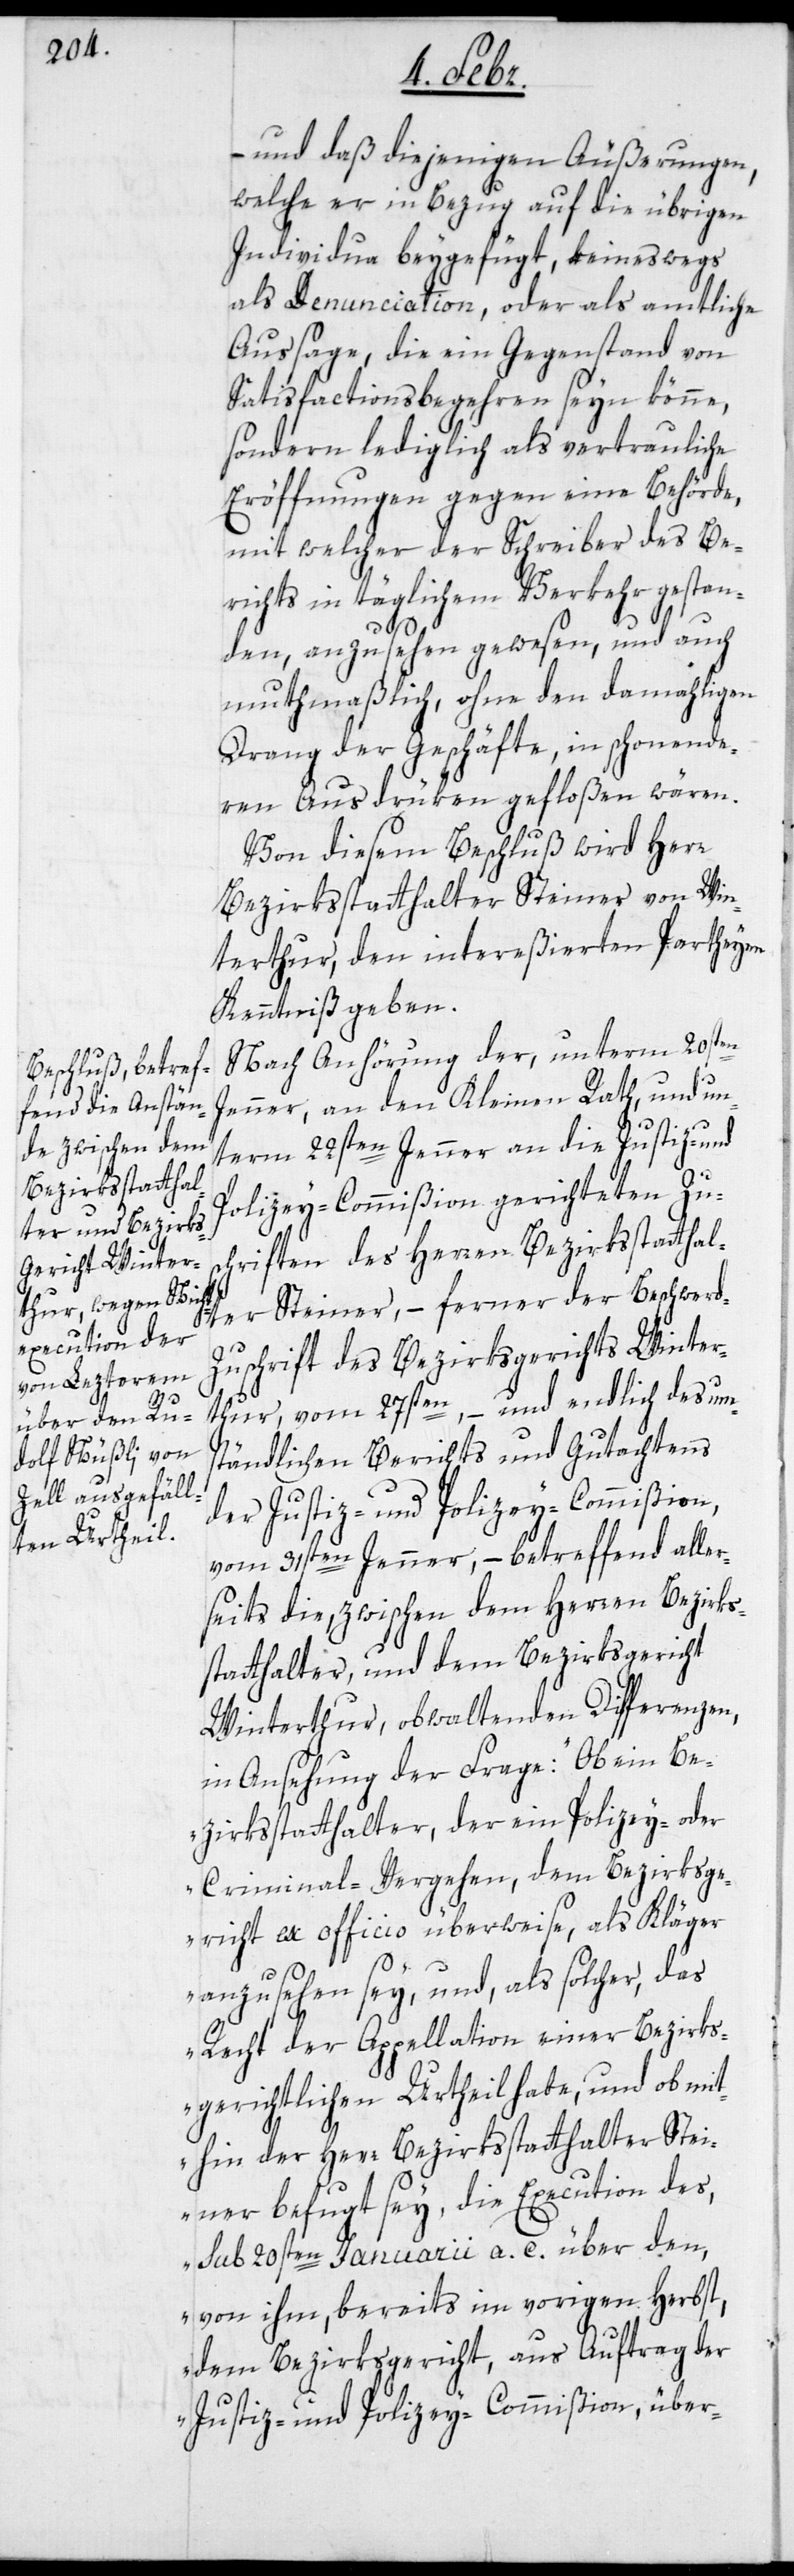
– und daß diejenigen Äußerungen,
welche er in Bezug auf die übrigen
Individua beygefügt, keineswegs
als Denunciation, oder als amtliche
Aussage, die ein Gegenstand von
Satisfactionsbegehren seyn könne,
sondern lediglich als vertrauliche
Eröffnungen gegen eine Behörde,
mit welcher der Schreiber des Be¬
richts in täglichem Verkehr gestan¬
den, anzusehen gewesen, und auch
muthmaßlich, ohne den damahligen
Drang der Geschäfte, in schonende¬
ren Ausdrüken gefloßen wären.
Von diesem Beschluß wird Herr
Bezirksstatthalter Steiner von Win¬
terthur, den intereßierten Partheyen
Kenntniß geben.
Nach Anhörung der, unterm 20sten
Jenner, an den Kleinen Rath, und un¬
term 22sten Jenner an die Justiz- und
Polizey-Commißion gerichteten Zu¬
schriften des Herren Bezirksstatthal¬
ter Steiner, – ferner der Beschwerd-Z¬
uschrift des Bezirksgerichts Winter¬
thur vom 27sten, – und endlich des um¬
ständlichen Berichts und Gutachtens
der Justiz- und Polizey-Commißion,
vom 31sten Jenner, – betreffend aller¬
seits die, zwischen dem Herren Bezirks¬
statthalter, und dem Bezirksgericht
Winterthur, obwaltenden Differenzen,
in Ansehung der Frage: „Ob ein Be¬
zirksstatthalter, der ein Polizey- oder
Criminal-Vergehen, dem Bezirksge¬
richt ex officio überweise, als Kläger
anzusehen sey, und als solcher, das
Recht der Appellation einer Bezirks¬
gerichtlichen Urtheil habe, und ob mit¬
hin der Herr Bezirksstatthalter Stei¬
ner befugt sey, die Execution des,
sub 20sten Januarii a. c. über den,
von ihm, bereits im vorigen Herbst,
dem Bezirksgericht, aus Auftrag der
Justiz- und Polizey-Commißion, über-